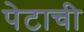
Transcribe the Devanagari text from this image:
पेटाची